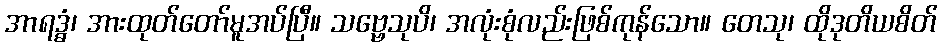
အာရဒ္ဓံ၊ အားထုတ်တော်မူအပ်ပြီ။ သဗ္ဗေသုပိ၊ အလုံးစုံလည်းဖြစ်ကုန်သော။ တေသု၊ ထိုဒုတိယစိတ်